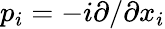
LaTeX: p_{i}=-{i}\partial/\partial x_{i}